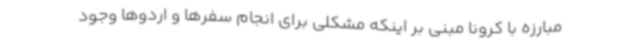
مبارزه با کرونا مبنی بر اینکه مشکلی برای انجام سفرها و اردوها وجود